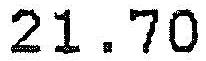
21.70